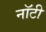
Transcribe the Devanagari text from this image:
नॉटी